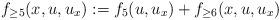
LaTeX: \begin{align*}f_{\geq 5}(x, u, u_x):=f_5(u, u_x)+f_{\geq 6}(x, u, u_x)\end{align*}